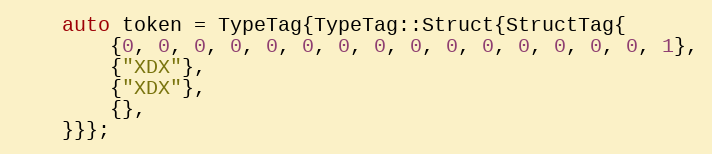
Language: C++
    auto token = TypeTag{TypeTag::Struct{StructTag{
        {0, 0, 0, 0, 0, 0, 0, 0, 0, 0, 0, 0, 0, 0, 0, 1},
        {"XDX"},
        {"XDX"},
        {},
    }}};